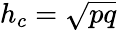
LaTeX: h_{c}={\sqrt{pq}}